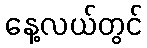
နေ့လယ်တွင်